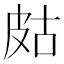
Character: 𤿛